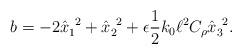
LaTeX: \begin{align*}b = -2 \hat{x}_{1}^{~2} + \hat{x}_{2}^{~2} + \epsilon \frac{1}{2} k_{0} \ell^{2} C_{\rho} \hat{x}_{3}^{~2}. \end{align*}